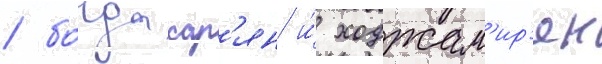
/ богдасар'ян и́ ходжам'ир'ян